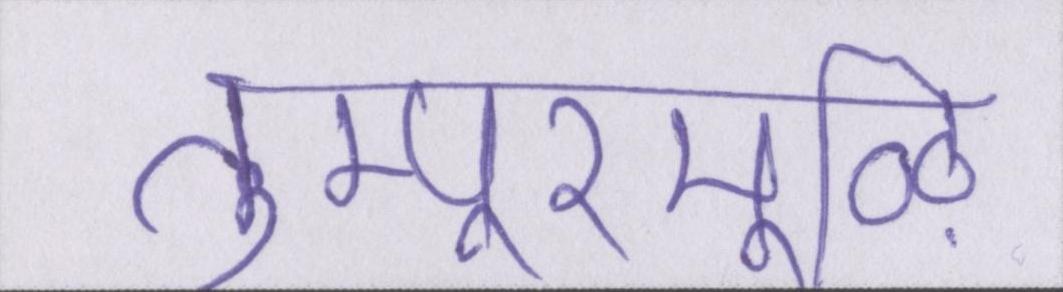
तुम्पूरमूऴि